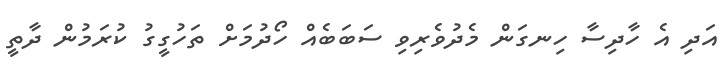
އަދި އެ ހާދިސާ ހިނގަން މެދުވެރިވި ސަބަބެއް ހޯދުމަށް ތަހުގީގު ކުރަމުން ދާތީ